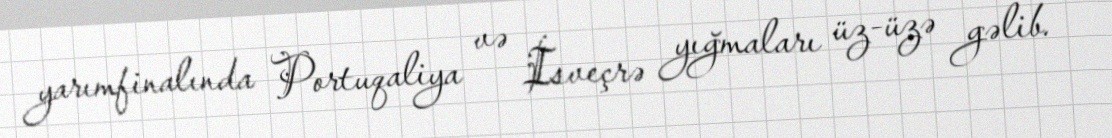
yarımfinalında Portuqaliya və İsveçrə yığmaları üz-üzə gəlib.